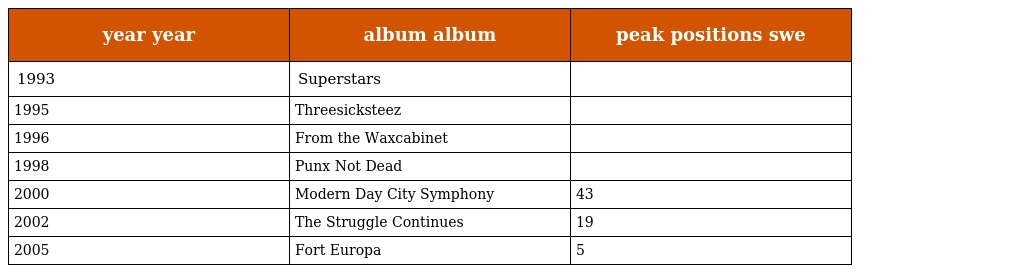
| year year | album album | peak positions swe |
 | --- | --- | --- |
 | 1993 | Superstars |  |
 | 1995 | Threesicksteez |  |
 | 1996 | From the Waxcabinet |  |
 | 1998 | Punx Not Dead |  |
 | 2000 | Modern Day City Symphony | 43 |
 | 2002 | The Struggle Continues | 19 |
 | 2005 | Fort Europa | 5 |